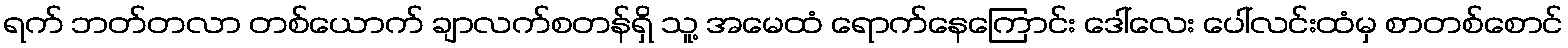
ရက် ဘတ်တလာ တစ်ယောက် ချာလက်စတန်ရှိ သူ့ အမေထံ ရောက်နေကြောင်း ဒေါ်လေး ပေါ်လင်းထံမှ စာတစ်စောင်